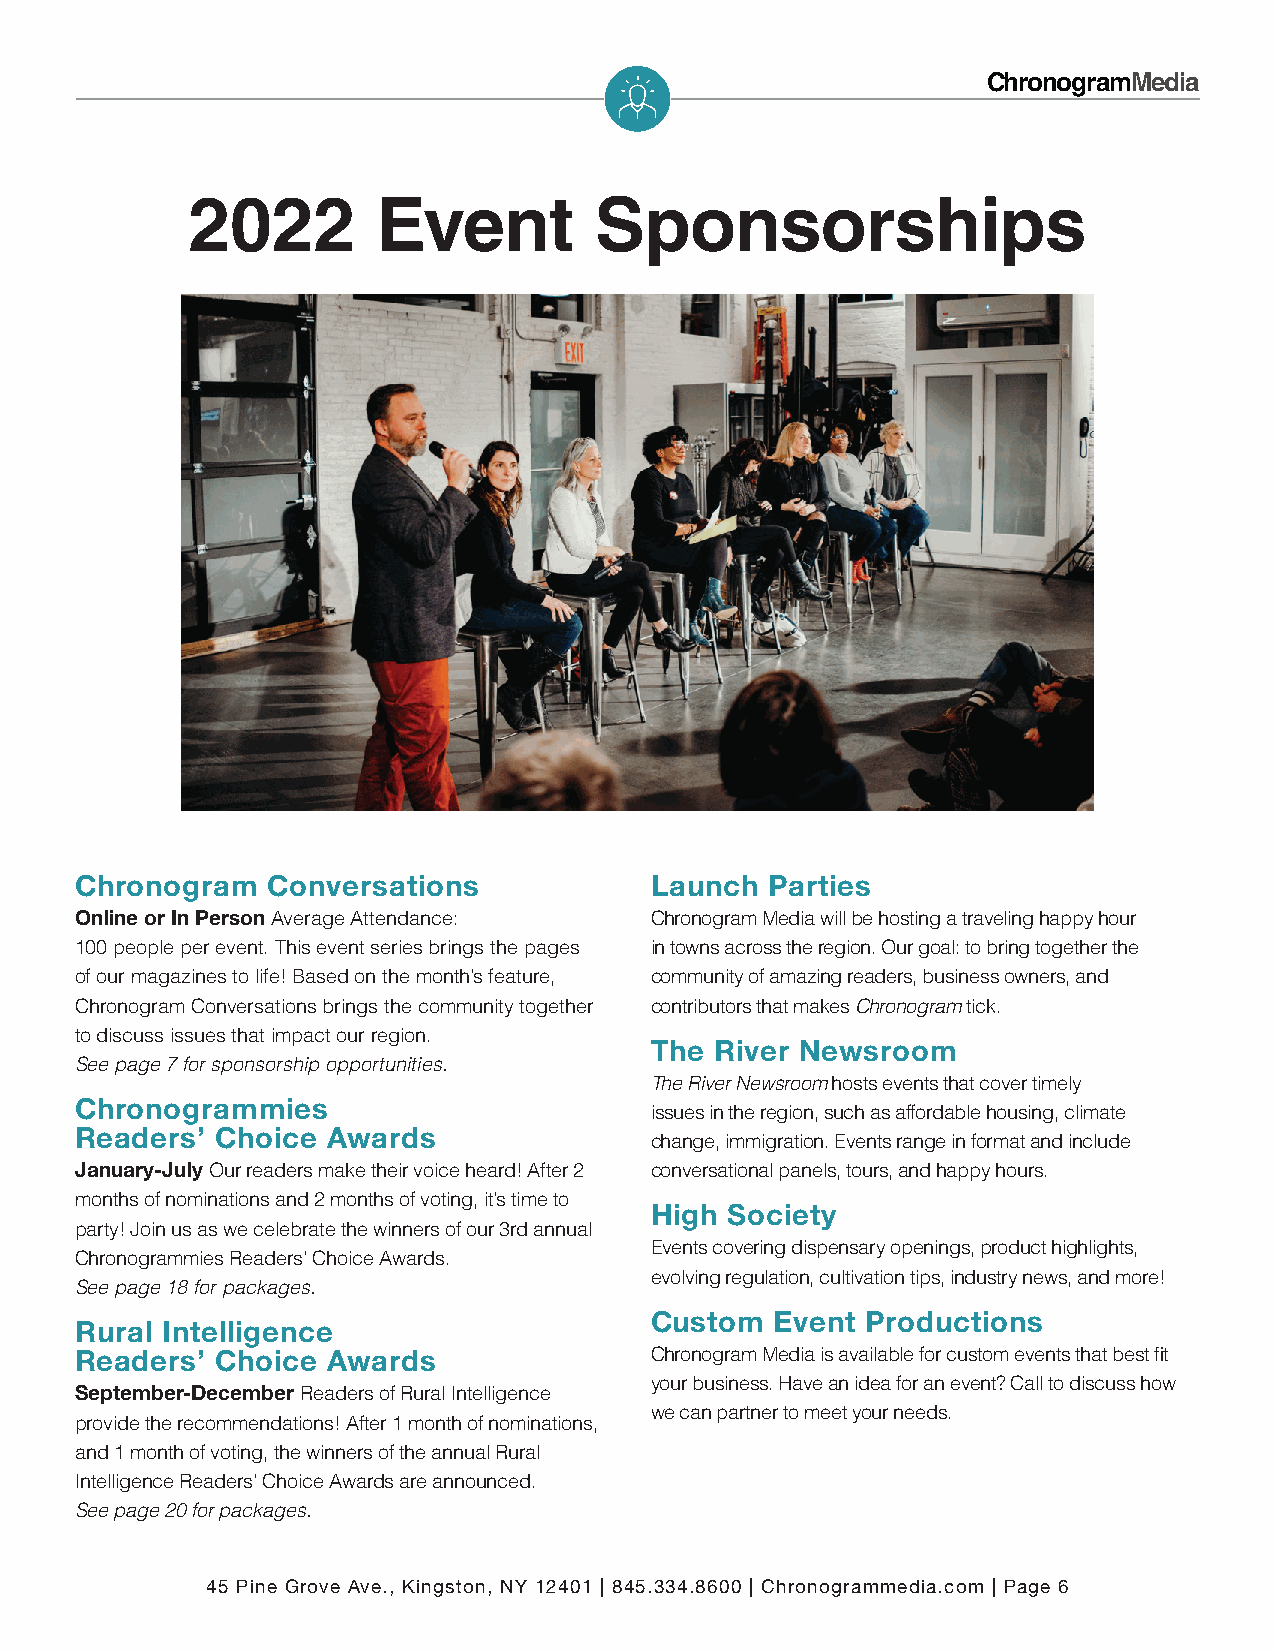
ChronogramMedia
 2022         Event         Sponsorships
 Chronogram   Conversations            Launch  Parties
 Online or In Person Average Attendance: Chronogram Media will be hosting a traveling happy hour
 100 people per event. This event series brings the pages in towns across the region. Our goal: to bring together the
 of our magazines to life! Based on the month’s feature, community of amazing readers, business owners, and
 Chronogram Conversations brings the community together contributors that makes Chronogram tick.
 to discuss issues that impact our region.
 The River Newsroom
 See page 7 for sponsorship opportunities.
 The River Newsroom hosts events that cover timely
 Chronogrammies
 issues in the region, such as affordable housing, climate
 Readers’ Choice  Awards
 change, immigration. Events range in format and include
 January-July Our readers make their voice heard! After 2 conversational panels, tours, and happy hours.
 months of nominations and 2 months of voting, it’s time to
 High Society
 party! Join us as we celebrate the winners of our 3rd annual
 Events covering dispensary openings, product highlights,
 Chronogrammies Readers’ Choice Awards.
 evolving regulation, cultivation tips, industry news, and more!
 See page 18 for packages.
 Custom  Event Productions
 Rural Intelligence
 Readers’ Choice  Awards               Chronogram Media is available for custom events that best fit
 your business. Have an idea for an event? Call to discuss how
 September-December Readers of Rural Intelligence
 we can partner to meet your needs.
 provide the recommendations! After 1 month of nominations,
 and 1 month of voting, the winners of the annual Rural
 Intelligence Readers’ Choice Awards are announced.
 See page 20 for packages.
 45 Pine Grove Ave., Kingston, NY 12401 | 845.334.8600 | Chronogrammedia.com | Page 6